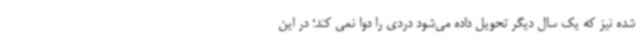
شده نیز که یک سال دیگر تحویل داده می‌شود دردی را دوا نمی کند؛ در این